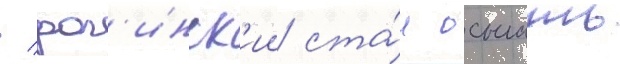
/ рог'инск'ии ста́л осыпать